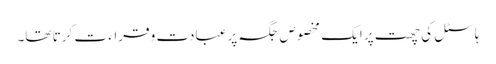
ہاسٹل کی چھت پر ایک مخصوص جگہ پر عبادت و قراء ت کرتا تھا۔